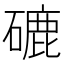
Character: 䃙